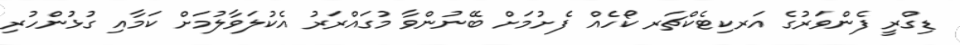
ޑިގްރީ ފެންވަރުގެ އަރކިޓެކްޗަރ ކޯހެއް ފެށުމަށް ބޭނުންވާ މުގައްރަރު އެކުލަވާލުމަށް ކަމާއި ގުޅުންހުރި